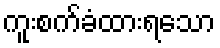
ကူးစက်ခံထားရသော